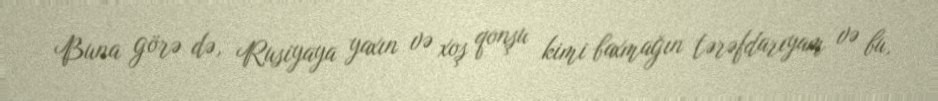
Buna görə də, Rusiyaya yaxın və xoş qonşu kimi baxmağın tərəfdarıyam və bu,